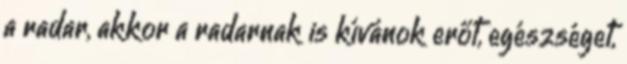
a radar, akkor a radarnak is kívánok erőt, egészséget,